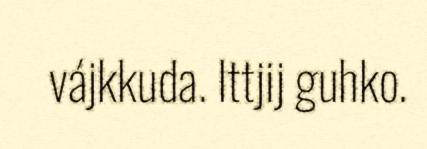
vájkkuda. Ittjij guhko.